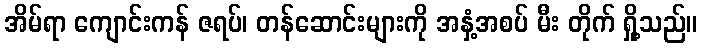
အိမ်ရာ ကျောင်းကန် ဇရပ်၊ တန်ဆောင်းများကို အနှံ့အစပ် မီး တိုက် ရှို့သည်။